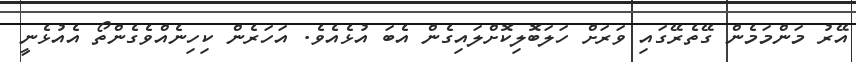
އޭރު މަންމަމެން ގޭތެރޭގައި ވަރަށް ހަލަބޮލިކޮށްލައިގެން އެބަ އުޅެއެވެ. އަހަރެން ކިހިނެއްވެގެންތޯ އެއުޅެނީ